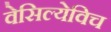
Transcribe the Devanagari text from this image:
वेसिल्येविच